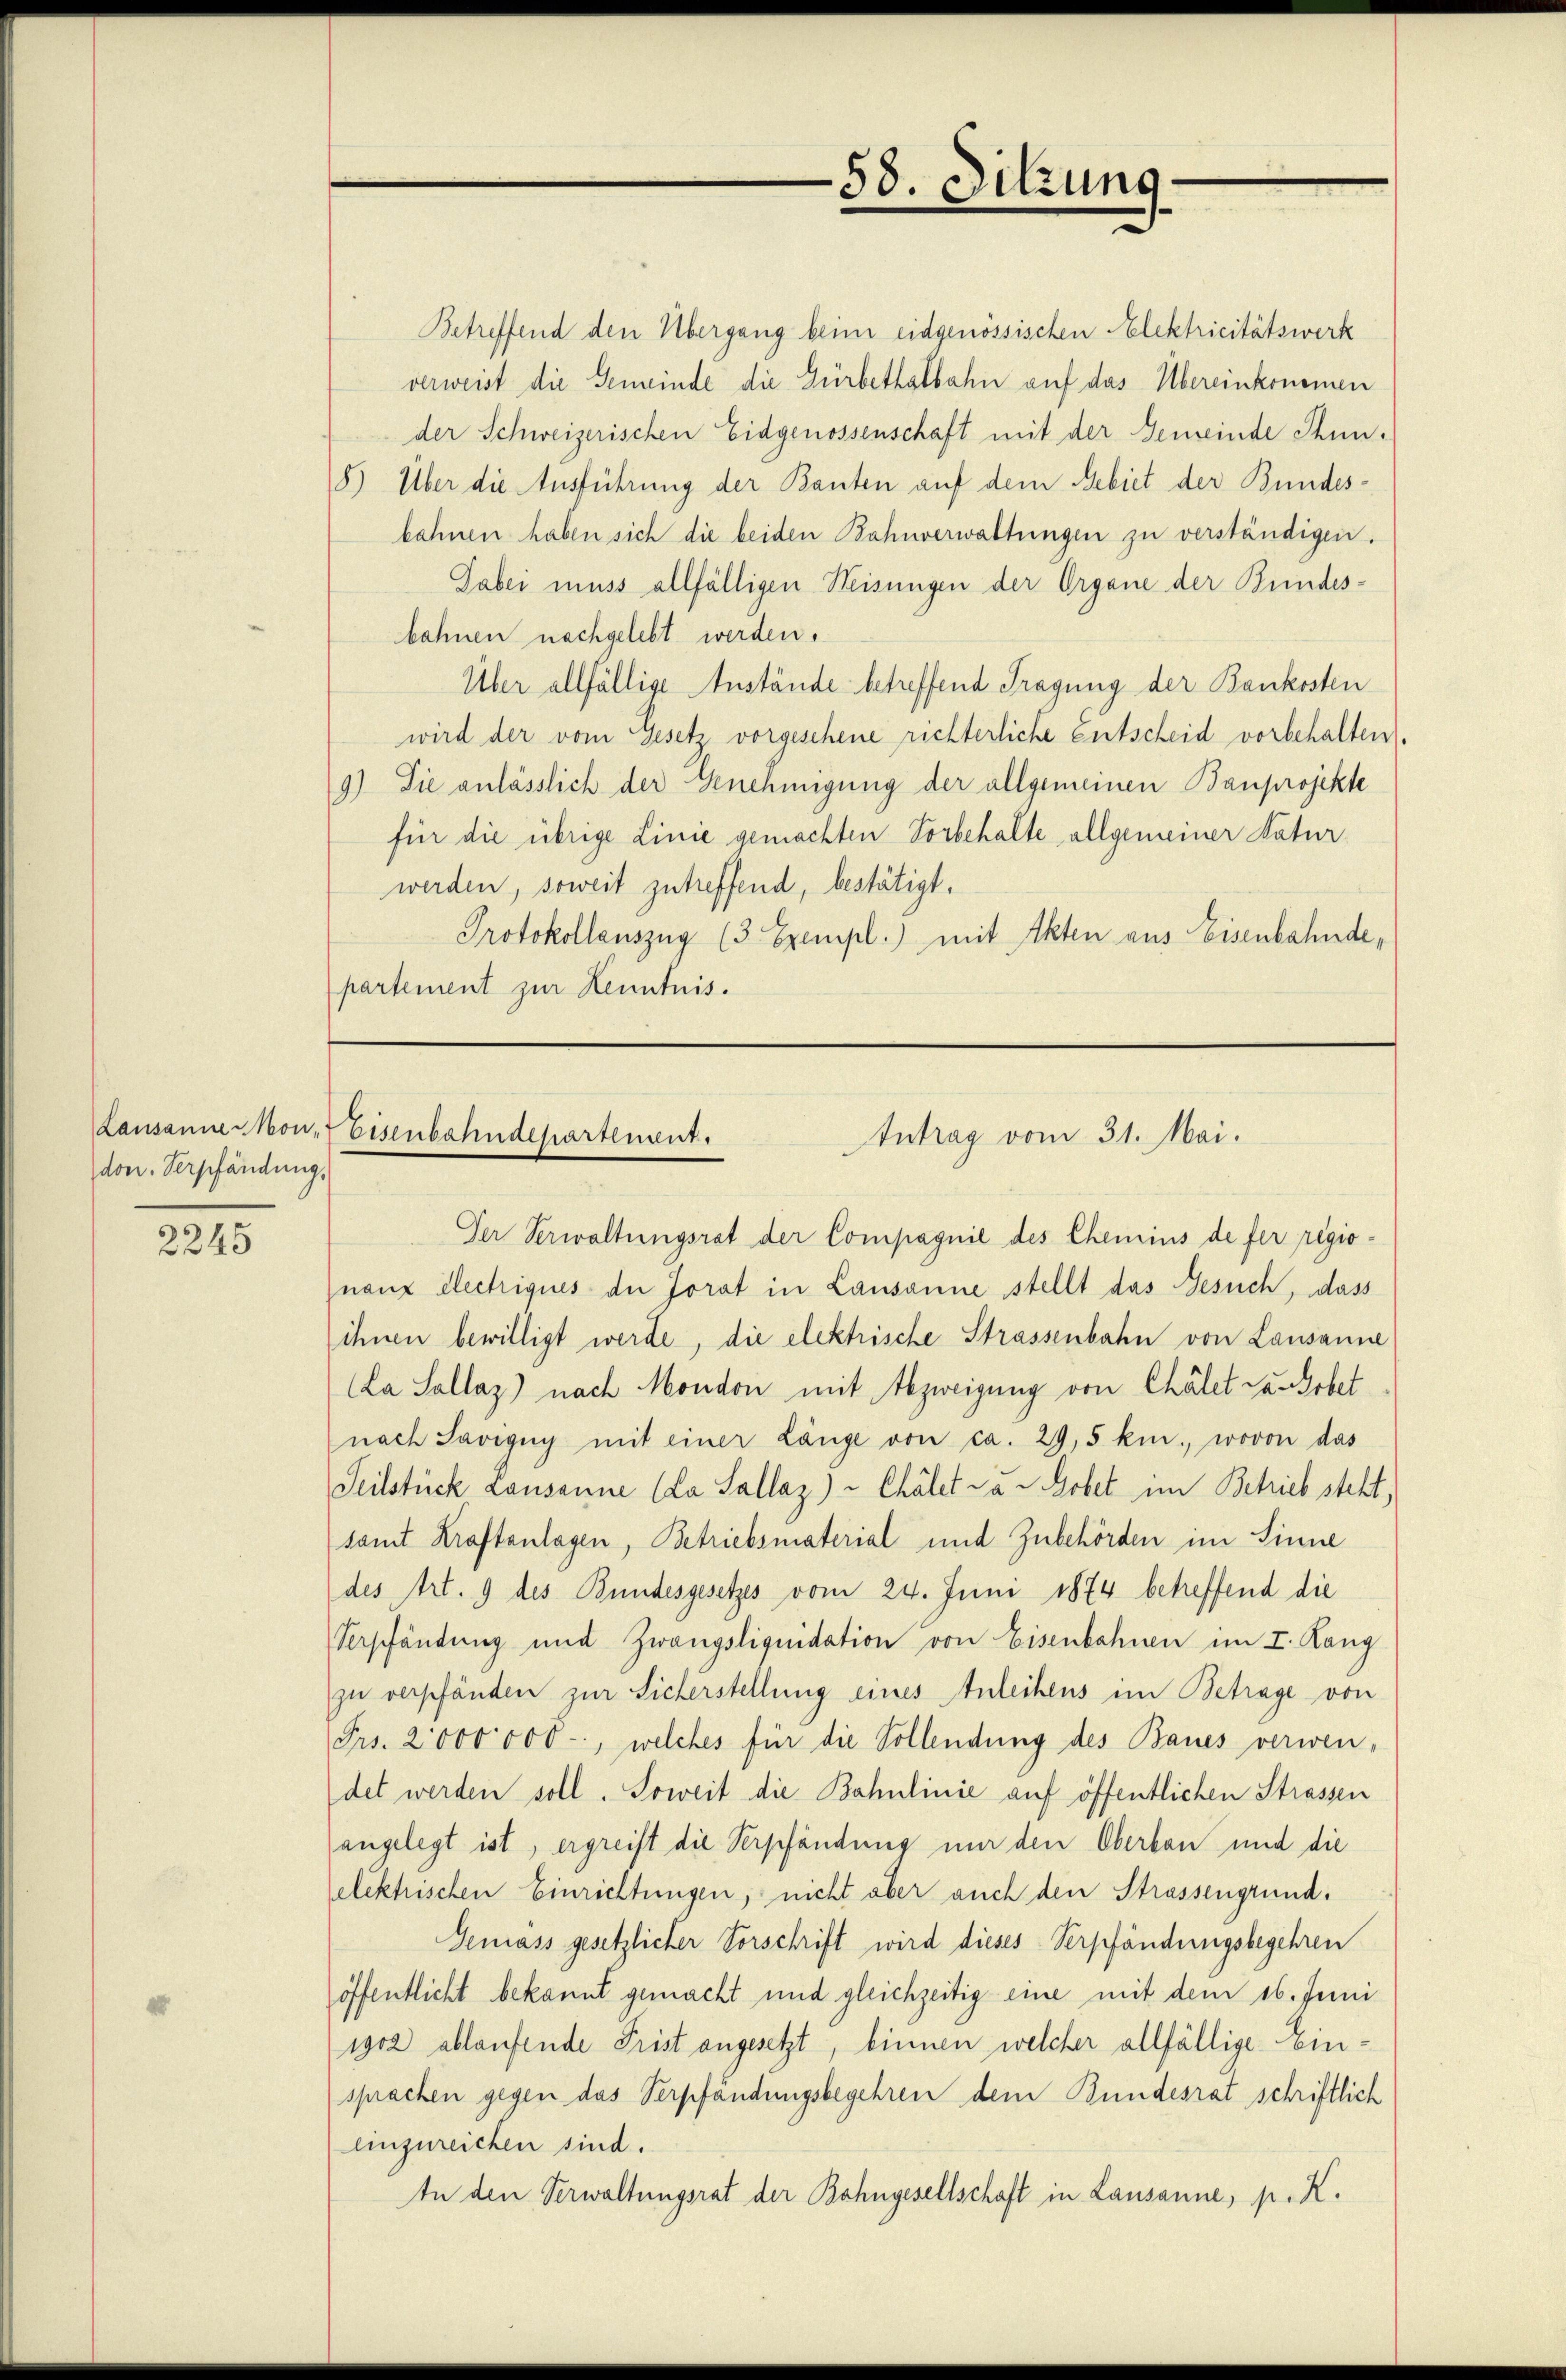
don. Verpfändung,

2245

58. Sitzung

Betreffend den Übergang beim eidgenössischen Elektricitätswerk
verweist die Gemeinde die Gürbethalbahn auf das Übereinkommen
der Schweizerischen Eidgenossenschaft mit der Gemeinde Thun-
8) Über die Ausführung der Bauten auf dem Gebiet der Bundesbahnen haben sich die beiden Bahnverwaltungen zu verständigen.
Sabei muss allfälligen Weisungen der Organe der Bundes-
bahnen nachgelebt werden.
Über allfällige Anstände betreffend Tragung der Bankosten
wird der vom Gesetz vorgeschene richterliche entscheid vorbehalten.
9) Die anlässlich der Genehmigung der allgemeinen Bauprojekte
für die übrige Linie gemachten Vorbehalte allgemeiner Naturwerden, soweit zutreffend, bestätigt.
Protokollauszug (3 Exempl.) mit Akten aus Eisenbahnde,
partement zur Kenntnis.

Lausanne kon-Eisenbahndepartement.
Intrag vom 31. Mai.

Der Verwaltungsrat der Compagnie des Chemins de fer regionauz electriques der Jorat in Lausanne stellt das Gesuch, dass
ihnen bewilligt werde, die elektrische Strassenbahn von Lausanne
Ca Sallaz) nach Mondon mit Abzweigung von Chalet zu Gobet
nach Savigny mit einer Länge von ca. 29,5 km., wovon das
Teilstück Lausanne (La Sallaz) - Chalet da   Gobet im Betrieb steht,
samt Kraftenlagen, Betriebsmaterial und Zubehörden im Sinne
des Art. 9 des Bundesgesetzes vom 24. Juni 1874 betreffend die
Verpfändung und Zwangsliquidation von Eisenbahnen im I. Rang
zu verpfänden zur Sicherstellung eines Anleihens im Betrage von
Frs. 2000 000, welches für die Vollendung des Baues verwen-
det werden soll. Soweit die Bahnlinie auf öffentlichen Strassen
angelegt ist, ergreift die Verpfändung nur den Oberban und die
elektrischen Einrichtungen, nicht aber auch den Strassengrund¬
Gemass gesetzlicher Vorschrift wird dieses Verpfändungsbegehren
öffentlicht bekannt gemacht und gleichzeitig eine mit dem 16. Juni
1902 ablaufende Frist angesetzt, binnen welcher allfällige Einsprachen gegen das Verpfändungsbegehren dem Bundesrat schriftlich
einzureichen sind.
In den Verwaltungsrat der Bahngesellschaft in Lausanne, p. K.